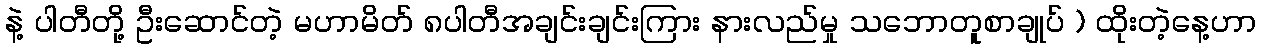
နဲ့ ပါတီတို့ ဦးဆောင်တဲ့ မဟာမိတ် ၈ပါတီအချင်းချင်းကြား နားလည်မှု သဘောတူစာချုပ် ) ထိုးတဲ့နေ့ဟာ